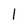
Character: l